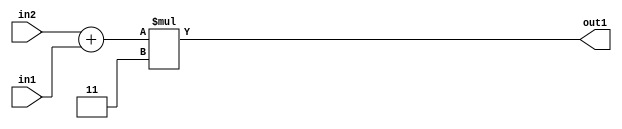
`timescale 1ps / 1ps
/*****************************************************************************
    Verilog RTL Description
    
    
    Created by: Stratus DpOpt 2019.1.01 
*******************************************************************************/

module GaussFilter_Mul2i3Add2u2u2_1 (
	in2,
	in1,
	out1
	); /* architecture "behavioural" */ 
input [1:0] in2,
	in1;
output [4:0] out1;
wire [4:0] asc001;
wire [2:0] asc002;

assign asc002 = 
	+(in2)
	+(in1);

assign asc001 = 
	+(asc002 * 5'B00011);

assign out1 = asc001;
endmodule

/* CADENCE  ubXxTAo= : u9/ySgnWtBlWxVPRXgAZ4Og= ** DO NOT EDIT THIS LINE ******/